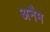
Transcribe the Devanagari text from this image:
अनैम